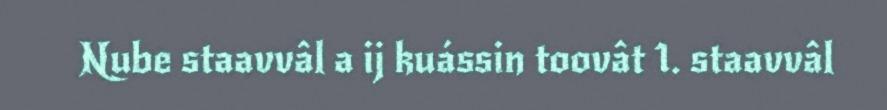
Nube staavvâl a ij kuássin toovât 1. staavvâl